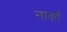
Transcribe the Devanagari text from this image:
नार्कां